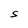
Character: S